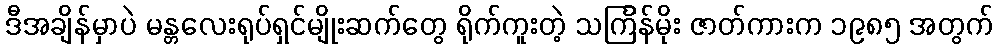
ဒီအချိန်မှာပဲ မန္တလေးရုပ်ရှင်မျိုးဆက်တွေ ရိုက်ကူးတဲ့ သင်္ကြန်မိုး ဇာတ်ကားက ၁၉၈၅ အတွက်